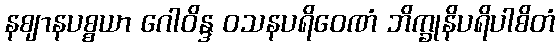
နဈာနပစ္စယာ ဂေါဝိန္ဒ ဝသနပရိဝေဏံ ဘိက္ခုနိပရိပါစိတံ